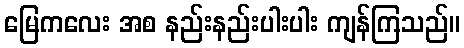
မြေကလေး အစ နည်းနည်းပါးပါး ကျန်ကြသည်။